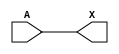
module sky130_fd_sc_ls__buf_5 (
    X,
    A
);
    output X;
    input  A;
    wire buf0_out_X;
    buf buf0 (buf0_out_X, A              );
    buf buf1 (X         , buf0_out_X     );
endmodule